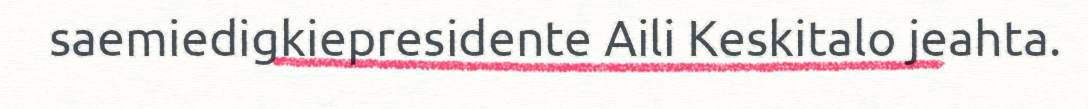
saemiedigkiepresidente Aili Keskitalo jeahta.